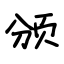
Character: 颁